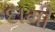
દામી